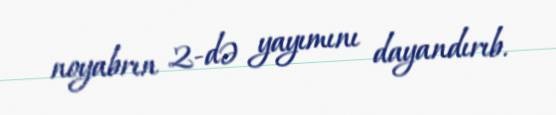
noyabrın 2-də yayımını dayandırıb.